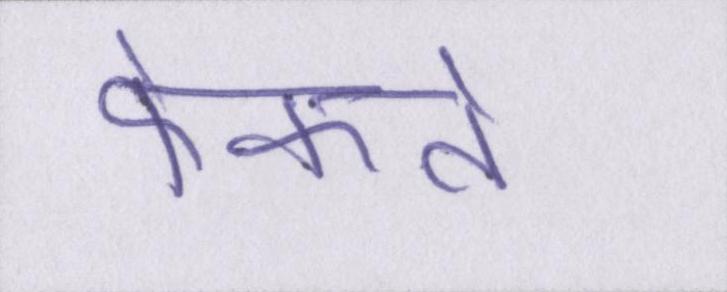
फेंकते